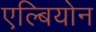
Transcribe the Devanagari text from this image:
एल्बियोन